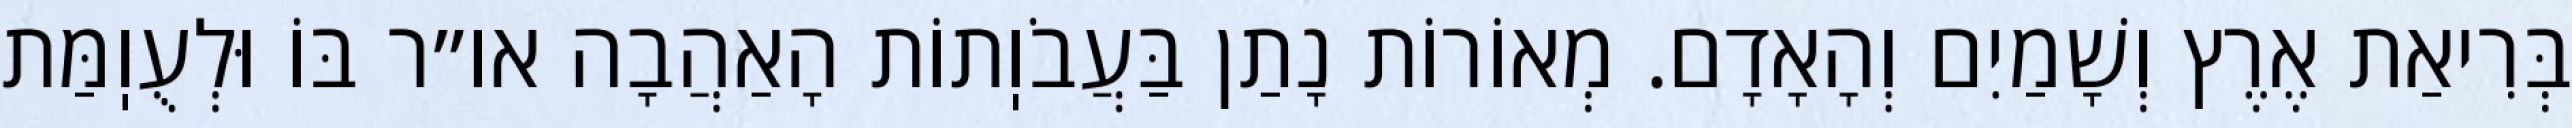
בְּרִיאַת אֶרֶץ וְשָׁמַיִם וְהָאָדָם. מְאוֹרוֹת נָתַן בַּעֲבֹוֽתוֹת הָאַהֲבָה או״ר בּוֹ וּלְעֻוֽמַּת